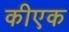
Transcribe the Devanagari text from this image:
कीएक